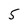
Character: 5